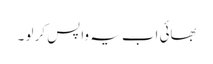
بھائی اب یہ واپس کر لو ۔